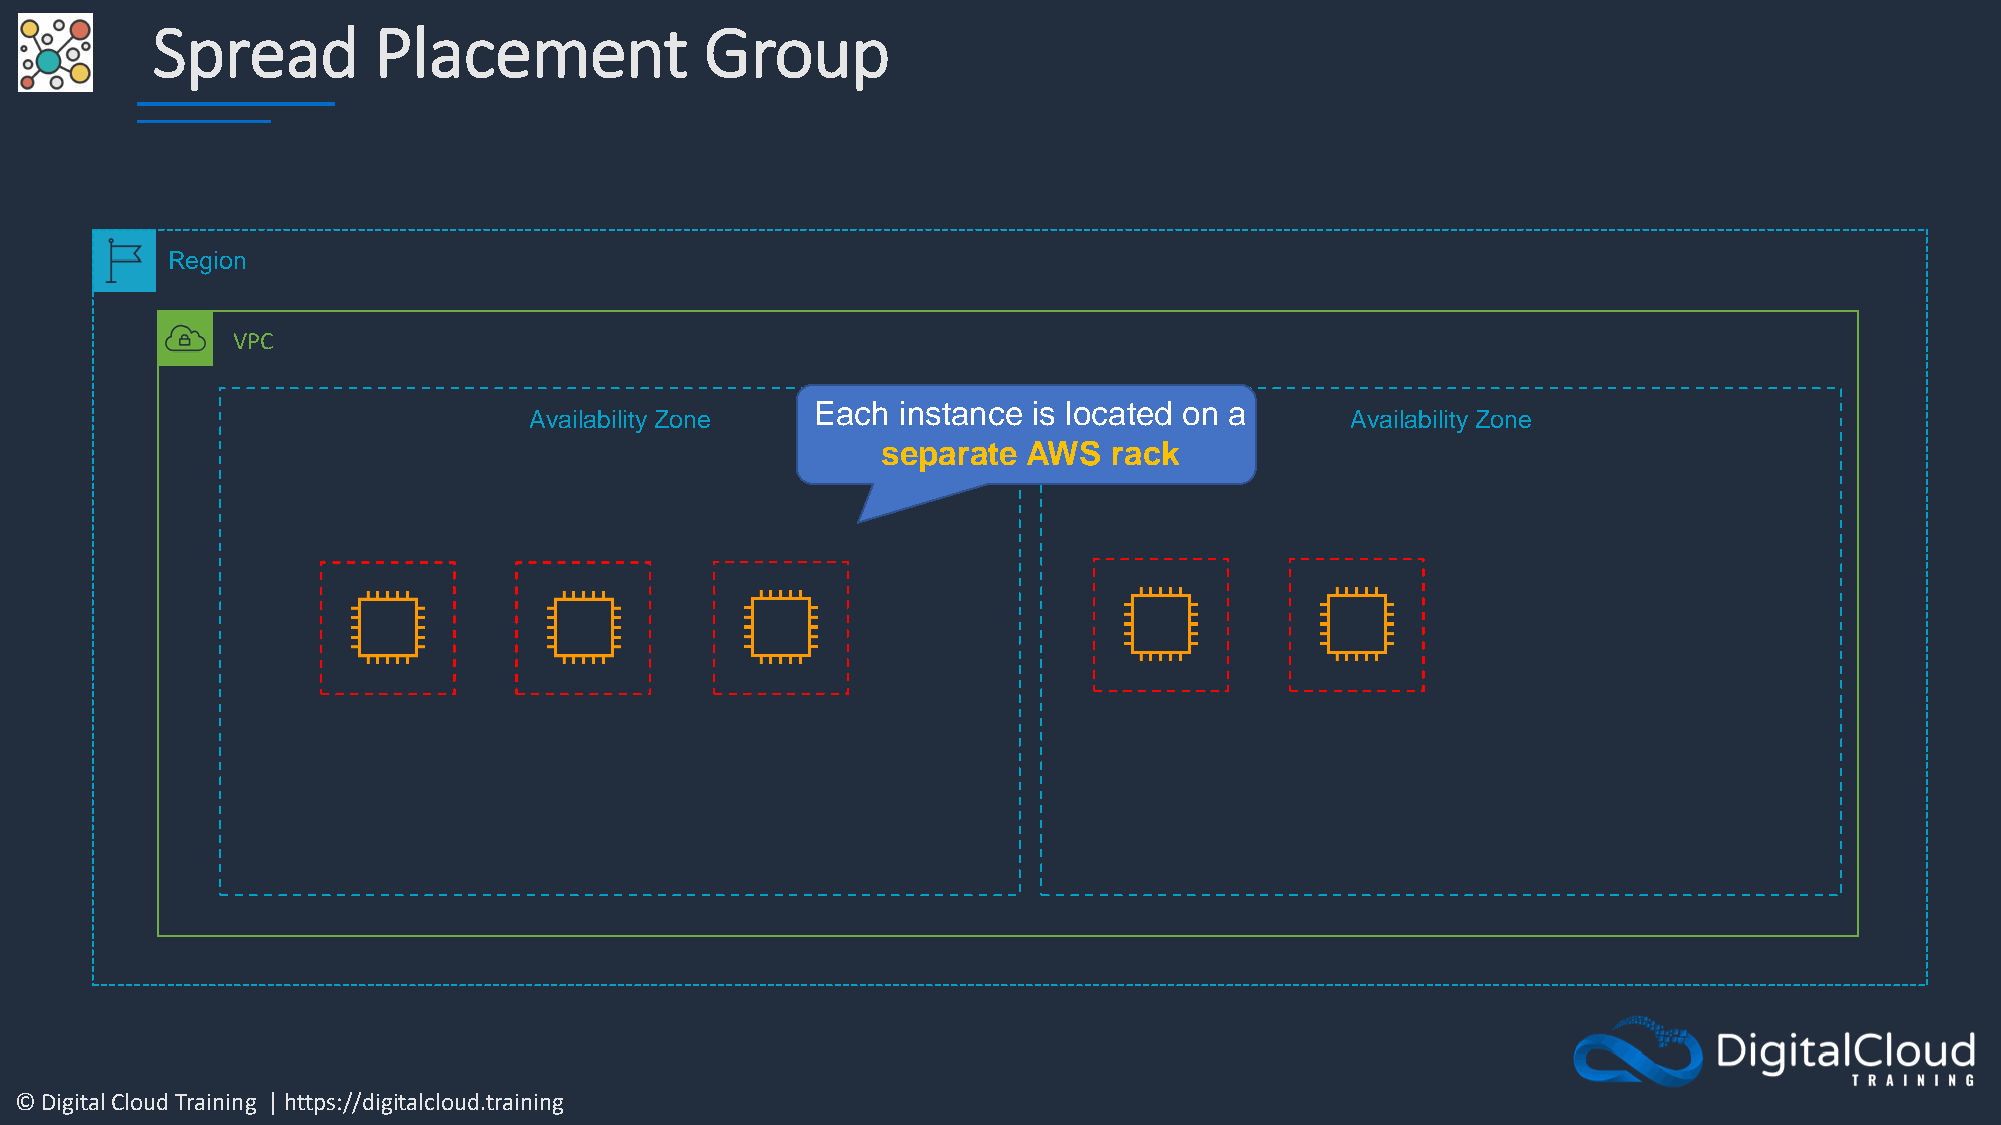
Spread         Placement             Group
 Region
 VPC
 Each instance is located on a
 Availability Zone                                     Availability Zone
 separate  AWS   rack
 © Digital Cloud Training | https://digitalcloud.training